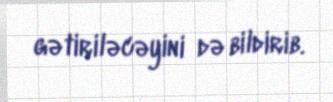
gətiriləcəyini də bildirib.